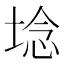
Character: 埝